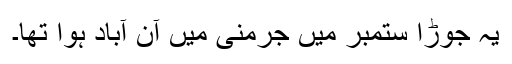
یہ جوڑا ستمبر میں جرمنی میں آن آباد ہوا تھا۔